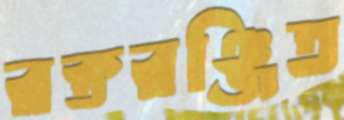
রক্তরঞ্জিত